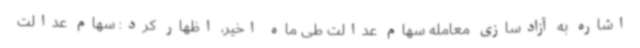
اشاره به آزادسازی معامله سهام عدالت طی ماه اخیر، اظهار کرد: سهام عدالت